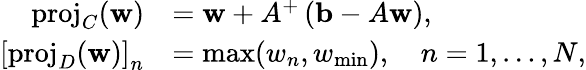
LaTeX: \begin{array}{rl}{\operatorname{proj}_{C}(\mathbf{w})}&{=\mathbf{w}+A^{+}\left(\mathbf{b}-A\mathbf{w}\right),}\\ {\left[\operatorname{proj}_{D}(\mathbf{w})\right]_{n}}&{=\operatorname*{max}(w_{n},w_{\mathrm{min}}),\quad n=1,\dots,N,}\end{array}